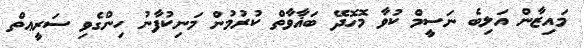
މައިޒާން އަލިބެ ނަސީމް ކުވާ މޮހޮދޭ ބަޣާވާތް ކުރުމުން މަނިކުފާނު ހިންގެވި ސަރީޢތް